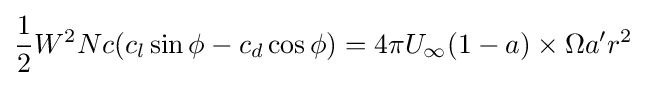
{\frac {1}{2}}W^{2}Nc(c_{l}\sin \phi -c_{d}\cos \phi )=4\pi U_{\infty }(1-a)\times \Omega a'r^{2}